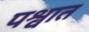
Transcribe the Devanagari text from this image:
पश्वात